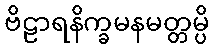
ဗိဠာရနိက္ခမနမတ္တမ္ပိ